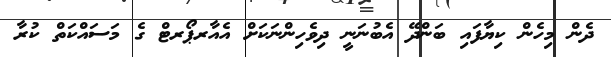
ދެން މިހެން ކިޔާފައި ބަންދޭ އެބުނަނީ ދިވެހިންނަކަށް އެއާރޕޯރޓް ގެ މަސައްކަތް ކުރާ